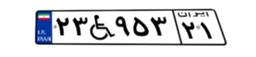
۶۲W۲۷۳۲۸